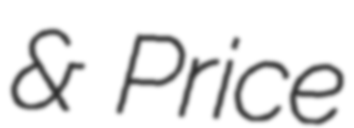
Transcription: & Price